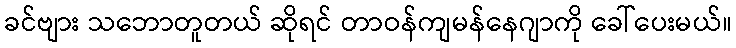
ခင်ဗျား သဘောတူတယ် ဆိုရင် တာဝန်ကျမန်နေဂျာကို ခေါ်ပေးမယ်။